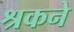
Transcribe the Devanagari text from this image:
श्रकने